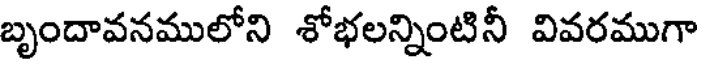
బృందావనములోని శోభలన్నింటినీ వివరముగా